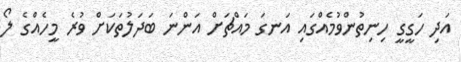
އަދި ހަގީގީ ހިނިތުންވުމެއްގައި އަނގަ މައްޗަށް އަންނަ ބަދަލުތަކަށް ވުރެ މީހެއްގެ ލޯ